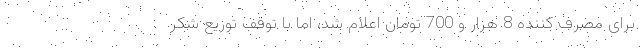
برای مصرف کننده 8 هزار و 700 تومان اعلام شد، اما با توقف توزیع شکر